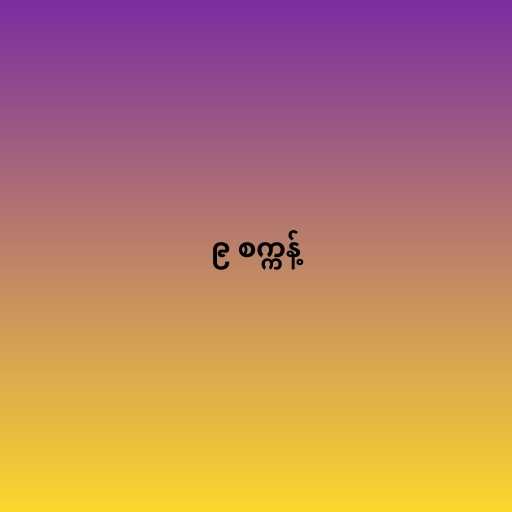
၉ စက္ကန့်